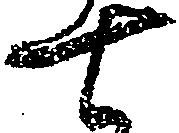
七